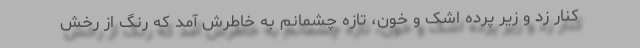
کنار زد و زیر پرده اشک و خون، تازه چشمانم به خاطرش آمد که رنگ از رخش